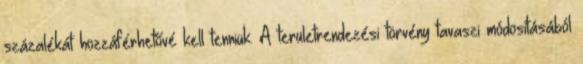
százalékát hozzáférhetővé kell tenniük. A területrendezési törvény tavaszi módosításából